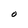
Character: O